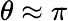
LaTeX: \theta\approx\pi